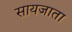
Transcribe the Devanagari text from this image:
सायजाता